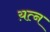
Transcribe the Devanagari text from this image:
य़त्न